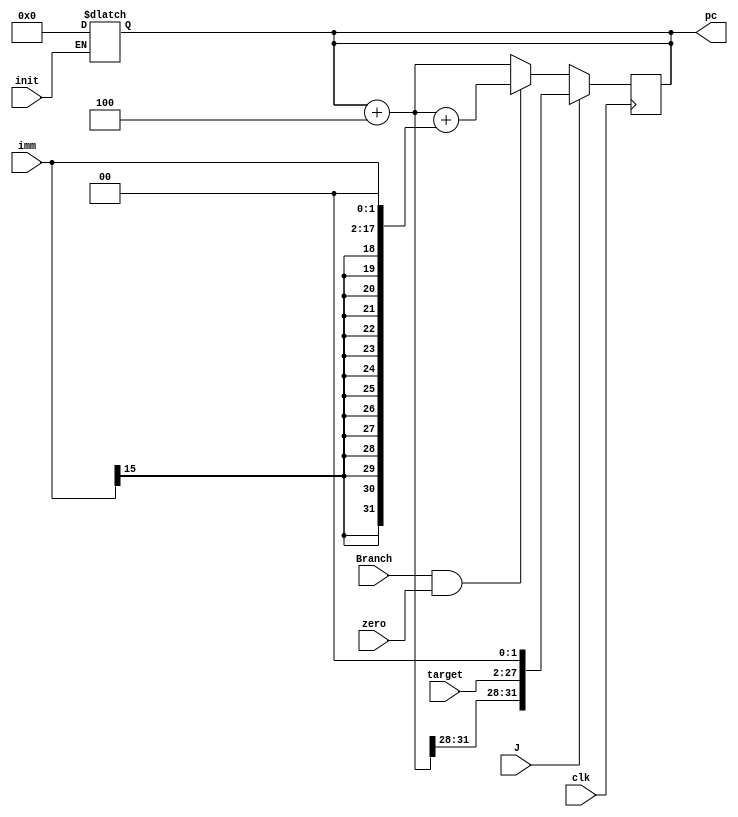
module IF(J, Branch, target, zero, imm, pc, clk, init);
    input J, Branch, zero, clk, init;
    input [15:0] imm;
    input [25:0] target;

    output reg [31:0] pc;

    always @(init) begin // nop
        pc = init?32'h0:pc;
    end

    always @(negedge clk) begin 
        pc = pc + 4;
        if(J)
        begin
            pc = {pc[31:28],target,2'b00};
        end
        else
        begin
            if(Branch && zero)
            begin
                pc = pc + {{14{imm[15]}},imm,2'b00}; //
            end
        end
    end
endmodule